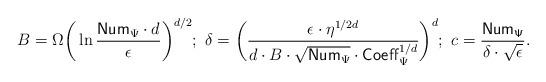
LaTeX: \begin{align*}B = \Omega\bigg( \ln \frac{\mathsf{Num}_\Psi \cdot d}{\epsilon} \bigg)^{d/2} ; \ \delta = \bigg( \frac{\epsilon \cdot \eta^{1/2d}}{d \cdot B \cdot \sqrt{\mathsf{Num}_\Psi} \cdot \mathsf{Coeff}_\Psi^{1/d}} \bigg)^d; \ c = \frac{\mathsf{Num_\Psi}}{\delta \cdot \sqrt{\epsilon}}.\end{align*}